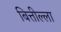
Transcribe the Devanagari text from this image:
बित्तील्ला